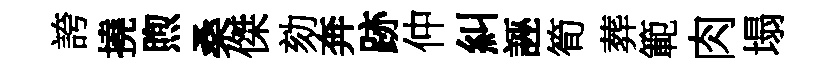
誇撓煦桑傑劾奔跡仲糾誣筍葬範肉塌